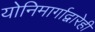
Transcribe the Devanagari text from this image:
योनिमार्गाद्वारेही